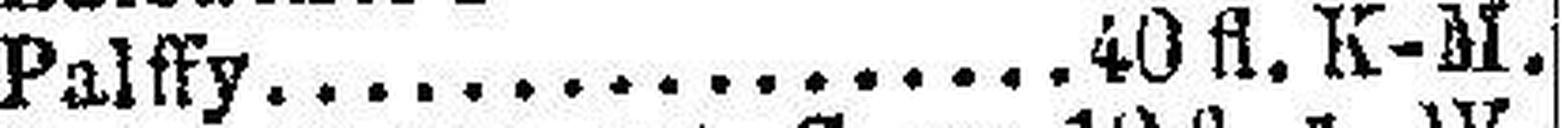
Palffy. 40fl. K-M.